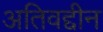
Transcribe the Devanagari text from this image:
अतिवद्दीन